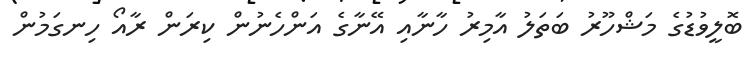
ބޮލީވުޑުގެ މަޝްހޫރު ބަތަލު އާމިރު ހާނާއި އޭނާގެ އަންހެނުން ކިރަން ރާއޯ ހިނގަމުން